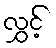
လွှင့်